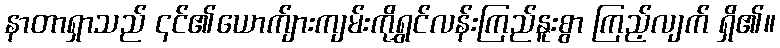
နာတာရှာသည် ၎င်၏ယောက်ျားကျမ်းကိုရွှင်လန်းကြည်နူးစွာ ကြည့်လျက် ရှိ၏။